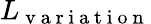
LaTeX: L_{\mathrm{~v~a~r~i~a~t~i~o~n~}}